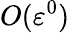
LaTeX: O(\varepsilon^{0})